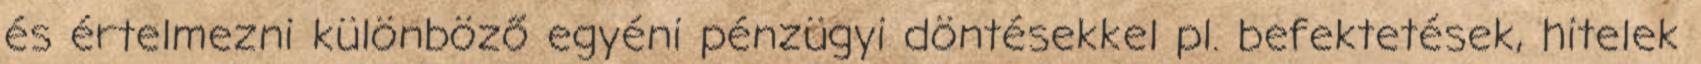
és értelmezni különböző egyéni pénzügyi döntésekkel pl. befektetések, hitelek